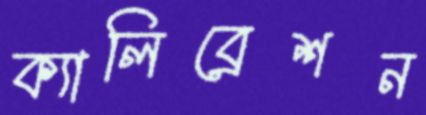
ক্যালিব্রেশন